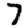
Digit: 7